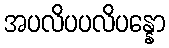
အပလိပပလိပန္နော